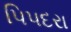
પિપદરા